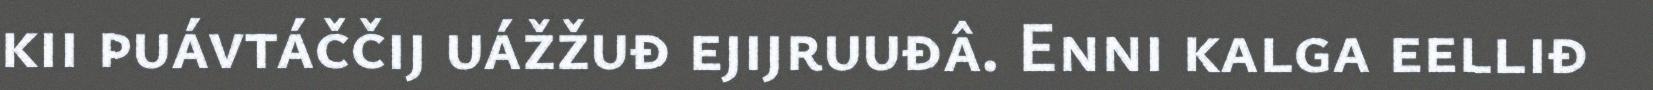
kii puávtáččij uážžuđ ejijruuđâ. Enni kalga eelliđ